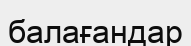
балағандар